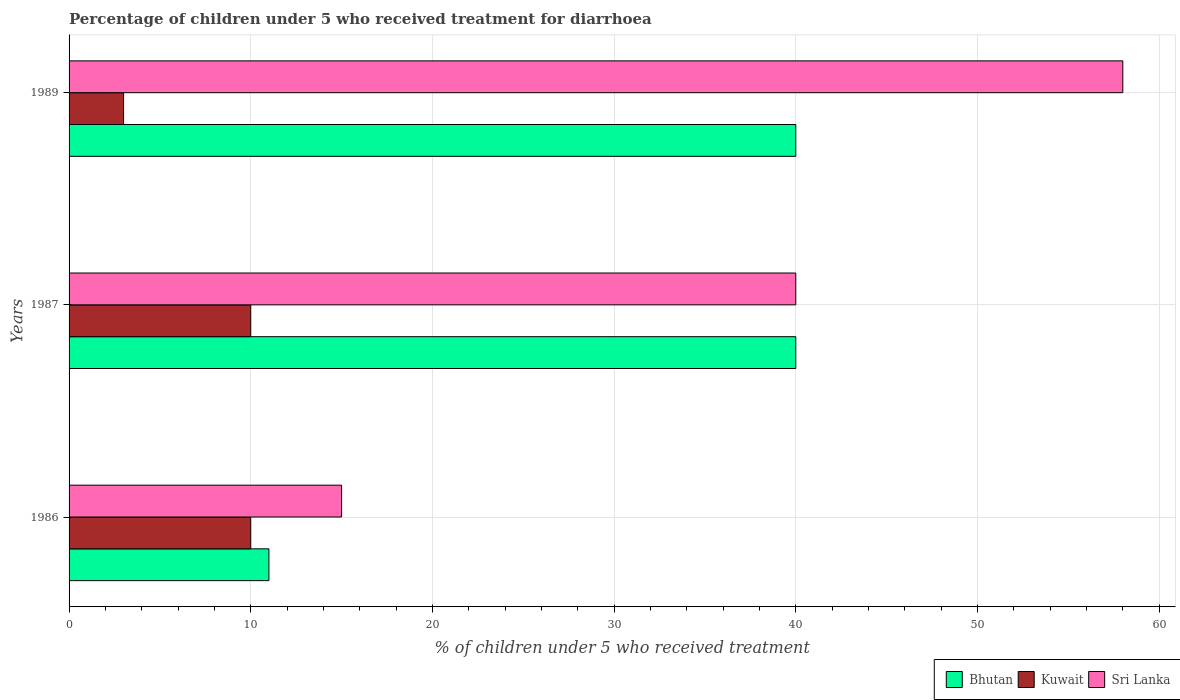
| Years | Bhutan | Kuwait | Sri Lanka |
 | --- | --- | --- | --- |
 | 1986 | 11 | 10 | 15 |
 | 1987 | 40 | 10 | 40 |
 | 1989 | 40 | 3 | 58 |